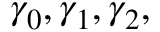
\gamma _ { 0 } , \gamma _ { 1 } , \gamma _ { 2 } ,